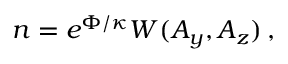
\begin{array} { r } { n = e ^ { \Phi / \kappa } W ( A _ { y } , A _ { z } ) \, , } \end{array}